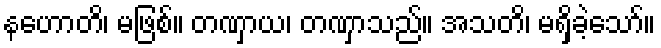
နဟောတိ၊ မဖြစ်။ တဏှာယ၊ တဏှာသည်။ အသတိ၊ မရှိခဲ့သော်။